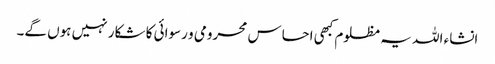
انشاء اللہ یہ مظلوم کبھی احساس محرومی و رسوائی کا شکار نہیں ہوں گے۔